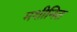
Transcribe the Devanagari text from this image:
मशीनित